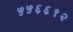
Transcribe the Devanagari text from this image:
५५६६१२